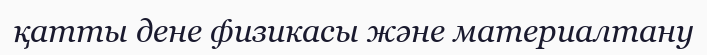
қатты дене физикасы және материалтану